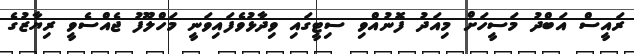
ރައީސް އަބްދު މަސީހަށް މިއަދު ފޮނުއްވި ސިޓީގައި ވިދާޅުވެފައިވަނީ މަހްލޫފު ޖެއްސެވީ ރިޔާޒުގެ